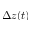
\Delta z ( t )